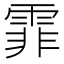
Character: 霏